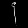
Digit: ၄